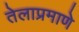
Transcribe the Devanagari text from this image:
तेलाप्रमाणे